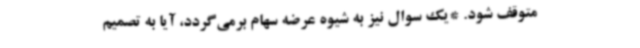
متوقف شود. *یک سوال نیز به شیوه عرضه سهام برمی‌گردد، آیا به تصمیم